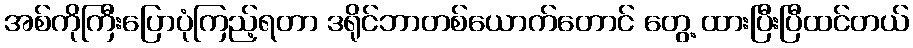
အစ်ကိုကြီးပြောပုံကြည့်ရတာ ဒရိုင်ဘာတစ်ယောက်တောင် တွေ့ ထားပြီးပြီထင်တယ်